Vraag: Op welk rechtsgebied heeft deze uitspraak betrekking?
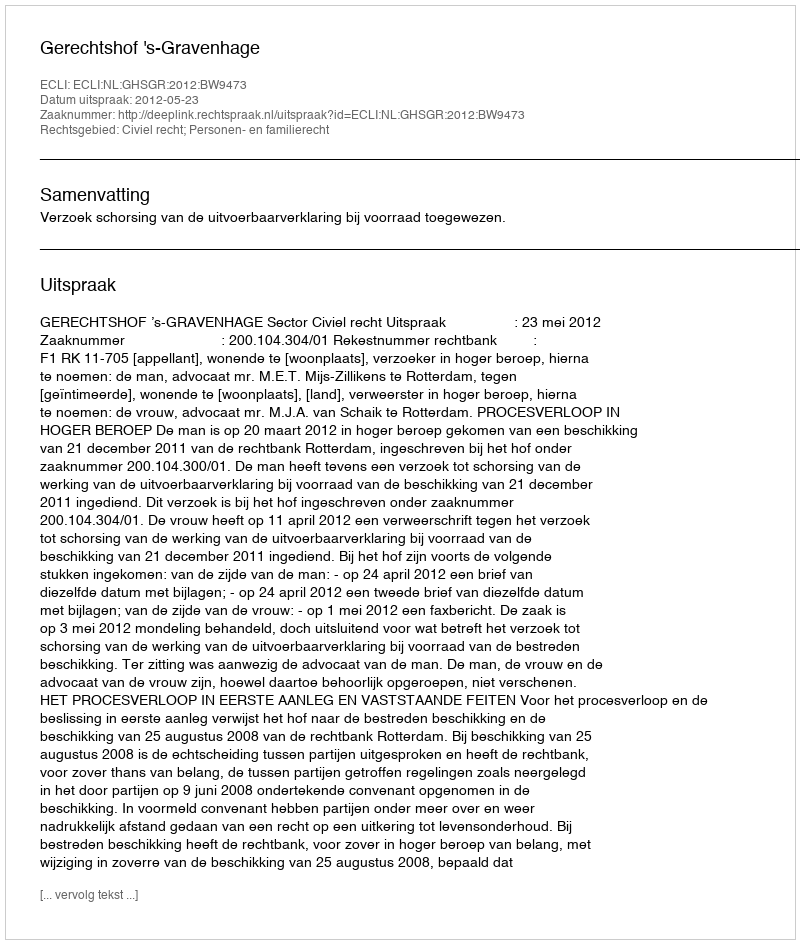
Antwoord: Civiel recht; Personen- en familierecht